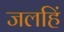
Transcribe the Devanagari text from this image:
जलहिं